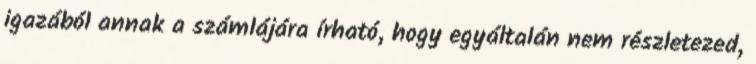
igazából annak a számlájára írható, hogy egyáltalán nem részletezed,